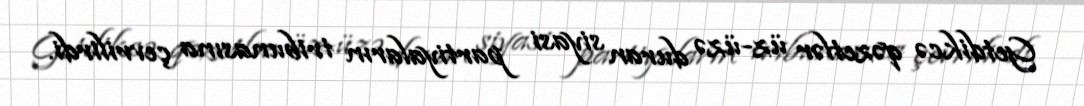
Getdikcə qəzetlər üz-üzə duran siyasi partiyaların tribunasına çevrilirdi.